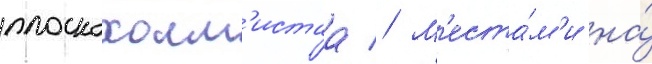
плоскохолм'истаа // М'еста́м'и на́